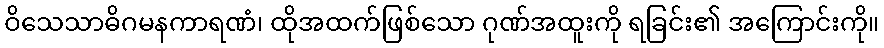
ဝိသေသာဓိဂမနကာရဏံ၊ ထိုအထက်ဖြစ်သော ဂုဏ်အထူးကို ရခြင်း၏ အကြောင်းကို။